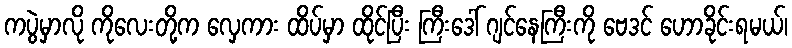
ကပွဲမှာလို ကိုလေးတို့က လှေကား ထိပ်မှာ ထိုင်ပြီး ကြီးဒေါ် ဂျင်နေကြီးကို ဗေဒင် ဟောခိုင်းရမယ်၊